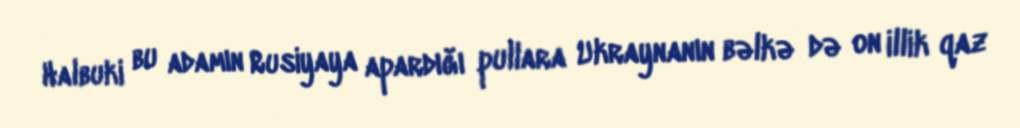
Halbuki bu adamın Rusiyaya apardığı pullara Ukraynanın bəlkə də on illik qaz